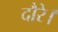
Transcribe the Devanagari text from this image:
दौरे।